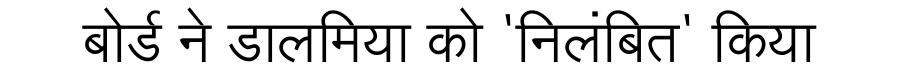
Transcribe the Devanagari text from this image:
बोर्ड ने डालमिया को 'निलंबित' किया